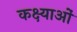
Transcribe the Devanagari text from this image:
कक्ष्याओं